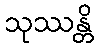
သုဿန္တိ